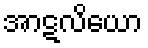
အာဋလိယော